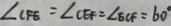
\angle C F E = \angle C E F = \angle E C F = 6 0 ^ { \circ }